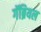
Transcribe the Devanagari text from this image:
गॅब्रियल